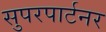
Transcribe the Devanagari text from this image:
सुपरपार्टनर